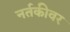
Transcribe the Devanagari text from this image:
नर्तकीवर